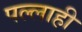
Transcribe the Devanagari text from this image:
पल्लाही